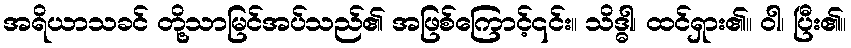
အရိယာသခင် တို့သာမြင်အပ်သည်၏ အဖြစ်ကြောင့်၎င်း။ သိဒ္ဓါ၊ ထင်ရှား၏။ ဝါ၊ ပြီး၏။